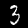
Digit: 3